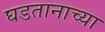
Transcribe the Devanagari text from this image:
घडतानाच्या